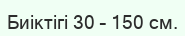
Биіктігі 30 – 150 см.